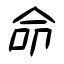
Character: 命